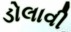
ડોલાવી